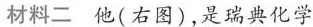
材料二 他(右图)，是瑞典化学